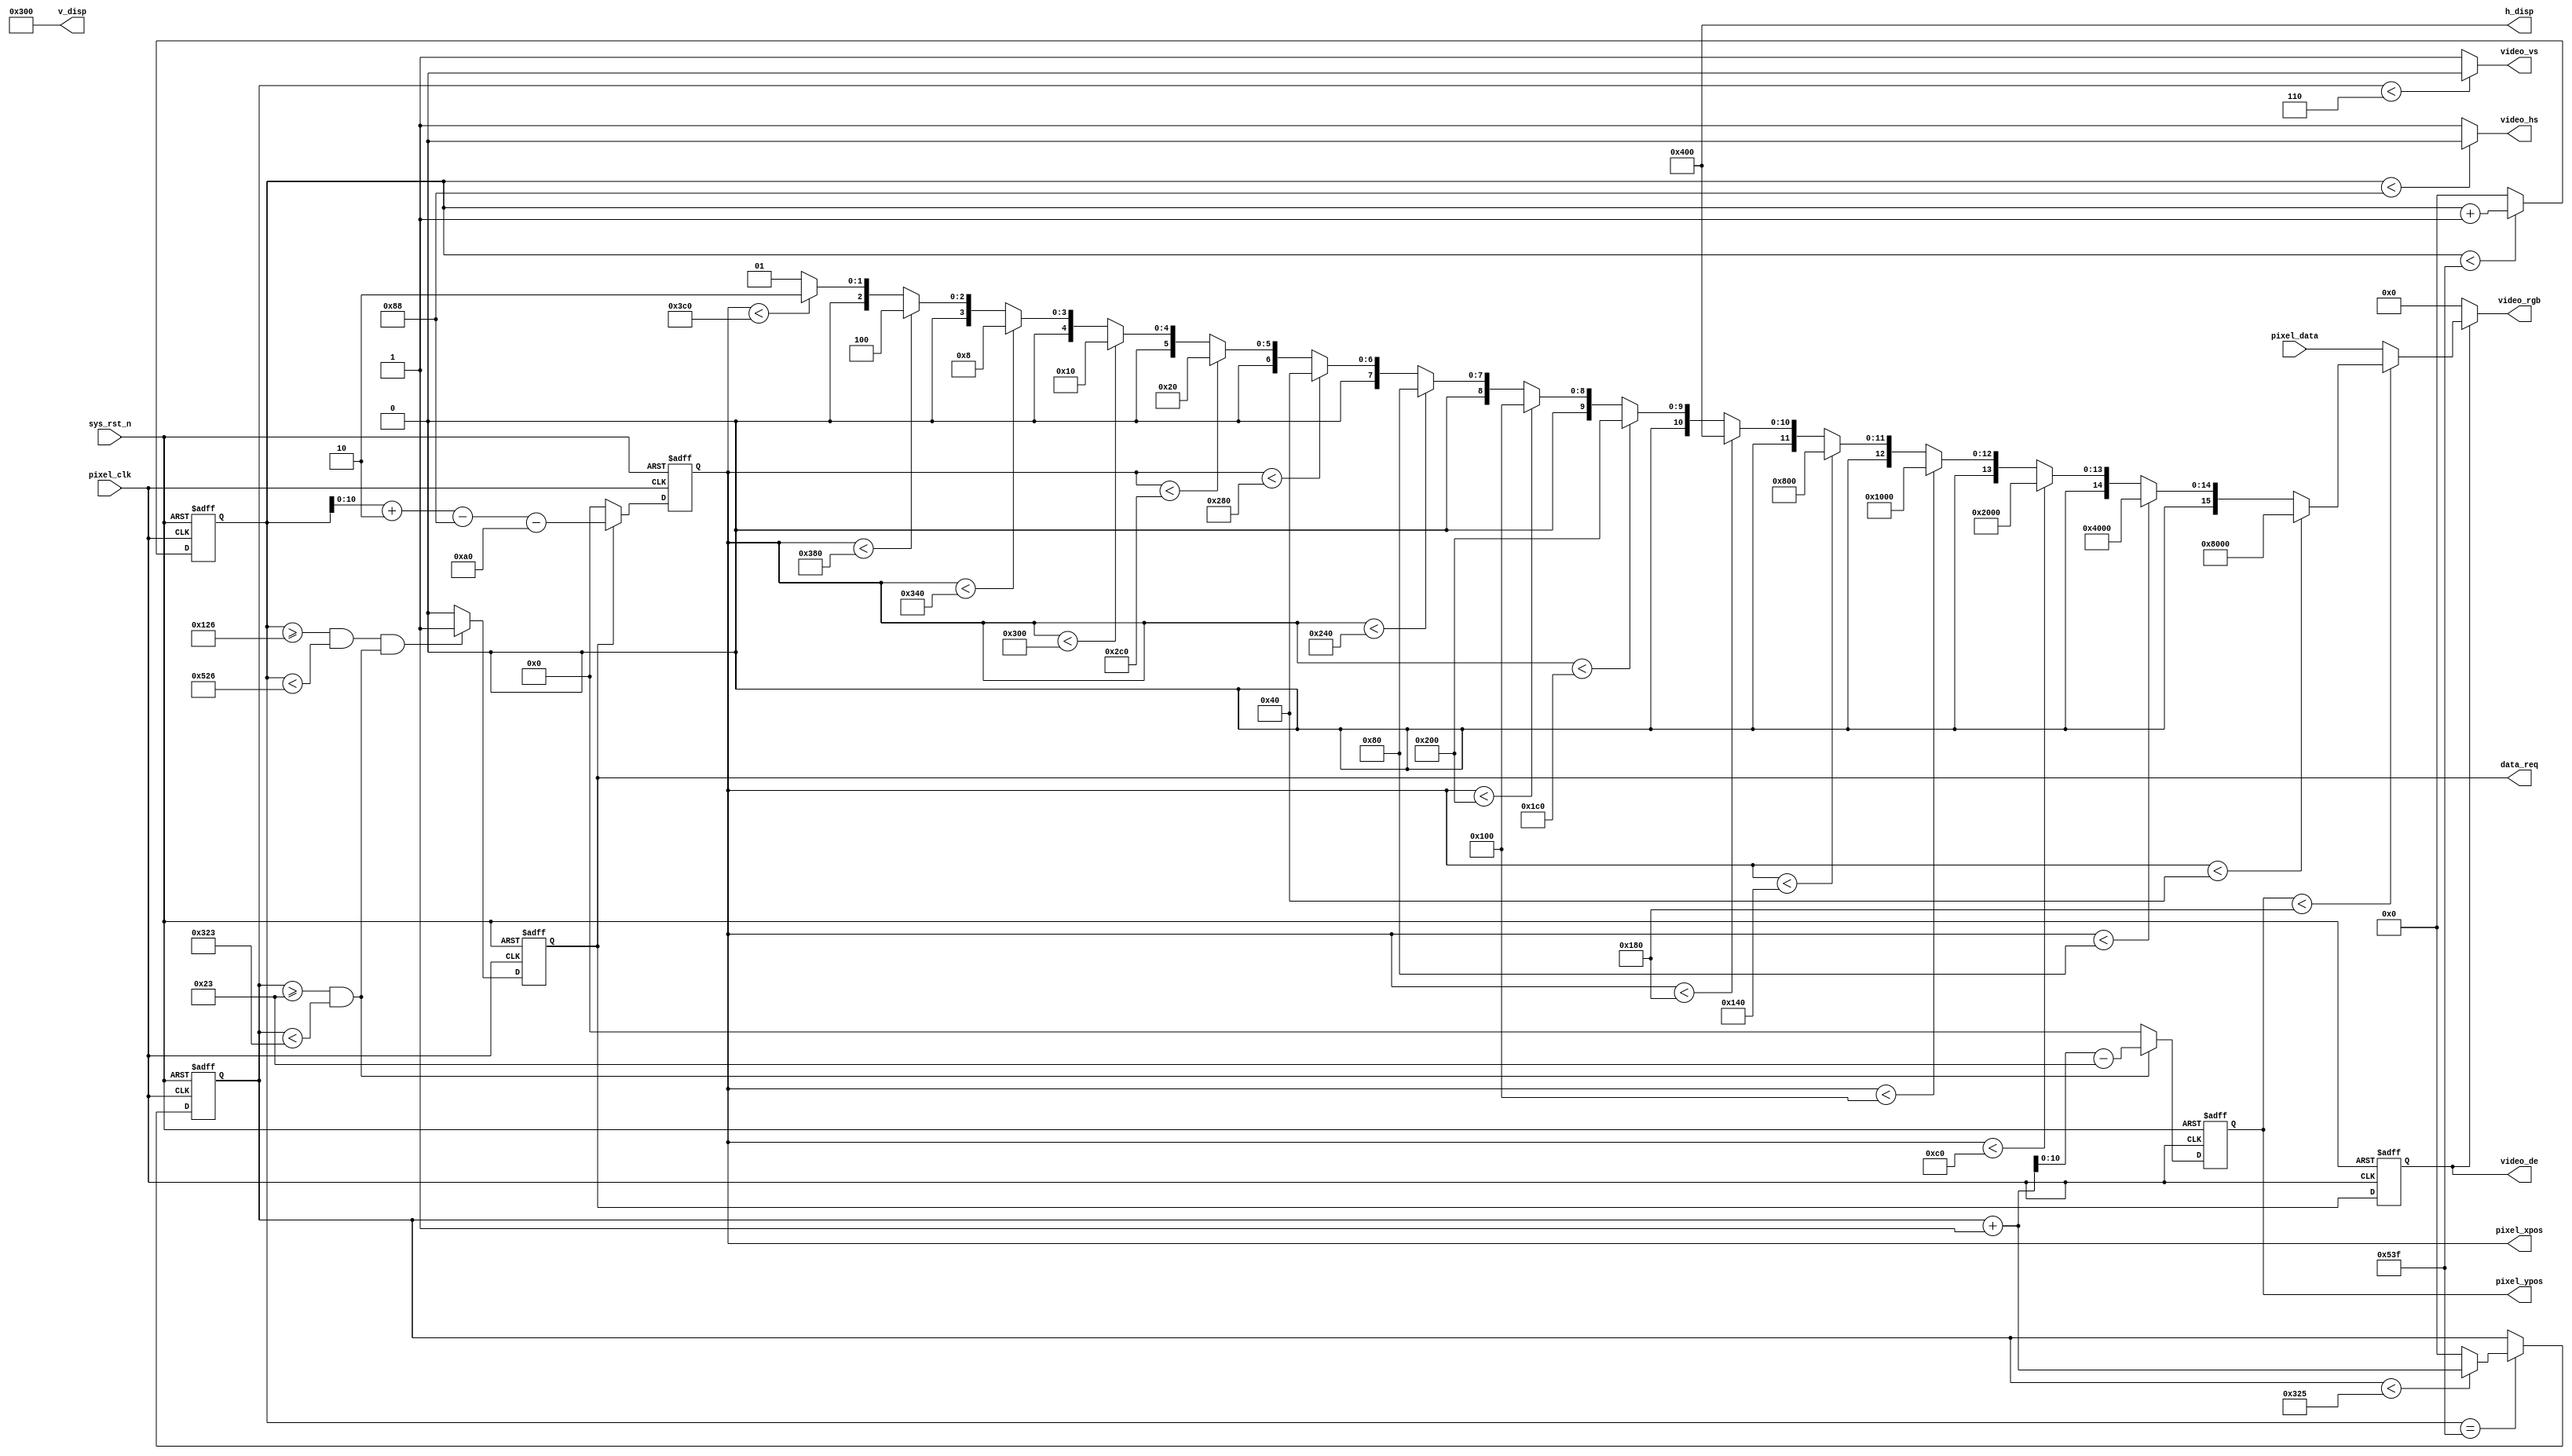
//****************************************Copyright (c)***********************************//
//www.yuanzige.com
//www.openedv.com
//http://openedv.taobao.com
//""ZYNQ & FPGA & STM32 & LINUX
//
//Copyright(C)  2018-2028
//All rights reserved
//----------------------------------------------------------------------------------------
// File name:           video_driver
// Last modified Date:  2020/05/28 20:28:08
// Last Version:        V1.0
// Descriptions:        
//                      
//----------------------------------------------------------------------------------------
// Created by:          
// Created date:        2020/05/28 20:28:08
// Version:             V1.0
// Descriptions:        The original version
//
//----------------------------------------------------------------------------------------
//****************************************************************************************//

module video_driver(
    input           	pixel_clk	,
    input           	sys_rst_n	,
		
    //RGB	
    output          	video_hs	,    //
    output          	video_vs	,    //
    output          	video_de	,    //
    output  	[15:0]  video_rgb	,    //RGB565
    output	reg			data_req 	,
	output      [10:0]  h_disp,       //
    output      [10:0]  v_disp,       // 
    input   	[15:0]  pixel_data	,   //
    output  reg	[10:0]  pixel_xpos	,   //
    output  reg	[10:0]  pixel_ypos      //
);

//parameter define
/*
//1280*720 ,60fps

parameter  H_SYNC   =  11'd40;  //
parameter  H_BACK   =  11'd220;  //
parameter  H_DISP   =  11'd1280; //
parameter  H_FRONT  =  11'd110;   //
parameter  H_TOTAL  =  11'd1650; //

parameter  V_SYNC   =  11'd5;    //
parameter  V_BACK   =  11'd20;   //
parameter  V_DISP   =  11'd720;  //
parameter  V_FRONT  =  11'd5;    //
parameter  V_TOTAL  =  11'd750;  //
*/
//1024*768 ,60fps
parameter  H_SYNC   =  11'd136;  //
parameter  H_BACK   =  11'd160;  //
parameter  H_DISP   =  11'd1024; //
parameter  H_FRONT  =  11'd24;   //
parameter  H_TOTAL  =  11'd1344; //

parameter  V_SYNC   =  11'd6;    //
parameter  V_BACK   =  11'd29;   //
parameter  V_DISP   =  11'd768;  //
parameter  V_FRONT  =  11'd3;    //
parameter  V_TOTAL  =  11'd806;  //

//reg define
reg  [11:0] cnt_h;
reg  [11:0] cnt_v;
reg       	video_en;

//*****************************************************
//**                    main code
//*****************************************************

//
assign h_disp = H_DISP;
assign v_disp = V_DISP;

assign video_de  = video_en;
assign video_hs  = ( cnt_h < H_SYNC ) ? 1'b0 : 1'b1;  //
assign video_vs  = ( cnt_v < V_SYNC ) ? 1'b0 : 1'b1;  //

//RGB
always @(posedge pixel_clk or negedge sys_rst_n) begin
	if(!sys_rst_n)
		video_en <= 1'b0;
	else
		video_en <= data_req;
end

//RGB565
assign video_rgb = video_de ? pixel_ypos < V_DISP / 2 ? 
pixel_xpos < (H_DISP / 16  *  1)? 16'B10000_000000_00000: pixel_xpos < (H_DISP / 16  *  2)? 16'B01000_000000_00000:
pixel_xpos < (H_DISP / 16  *  3)? 16'B00100_000000_00000: pixel_xpos < (H_DISP / 16  *  4)? 16'B00010_000000_00000:
pixel_xpos < (H_DISP / 16  *  5)? 16'B00001_000000_00000: pixel_xpos < (H_DISP / 16  *  6)? 16'B00000_100000_00000:

pixel_xpos < (H_DISP / 16  *  7)? 16'B00000_010000_00000: pixel_xpos < (H_DISP / 16  *  8)? 16'B00000_001000_00000:
pixel_xpos < (H_DISP / 16  *  9)? 16'B00000_000100_00000: pixel_xpos < (H_DISP / 16  * 10)? 16'B00000_000010_00000:
pixel_xpos < (H_DISP / 16  * 11)? 16'B00000_000001_00000: pixel_xpos < (H_DISP / 16  * 12)? 16'B00000_000000_10000:

pixel_xpos < (H_DISP / 16  * 13)? 16'B00000_000000_01000: pixel_xpos < (H_DISP / 16  * 14)? 16'B00000_000000_00100:
pixel_xpos < (H_DISP / 16  * 15)? 16'B00000_000000_00010:                                 16'B00000_000000_00001    
:  pixel_data : 16'd0;

//
always @(posedge pixel_clk or negedge sys_rst_n) begin
	if(!sys_rst_n)
		data_req <= 1'b0;
	else if(((cnt_h >= H_SYNC + H_BACK - 2'd2) && (cnt_h < H_SYNC + H_BACK + H_DISP - 2'd2))
                  && ((cnt_v >= V_SYNC + V_BACK) && (cnt_v < V_SYNC + V_BACK+V_DISP)))
		data_req <= 1'b1;
	else
		data_req <= 1'b0;
end

//x
always@ (posedge pixel_clk or negedge sys_rst_n) begin
    if(!sys_rst_n)
        pixel_xpos <= 11'd0;
    else if(data_req)
        pixel_xpos <= cnt_h + 2'd2 - H_SYNC - H_BACK ;
    else 
        pixel_xpos <= 11'd0;
end
    
//y	
always@ (posedge pixel_clk or negedge sys_rst_n) begin
    if(!sys_rst_n)
        pixel_ypos <= 11'd0;
    else if((cnt_v >= (V_SYNC + V_BACK)) && (cnt_v < (V_SYNC + V_BACK + V_DISP)))
        pixel_ypos <= cnt_v + 1'b1 - (V_SYNC + V_BACK) ;
    else 
        pixel_ypos <= 11'd0;
end

//
always @(posedge pixel_clk or negedge sys_rst_n) begin
    if (!sys_rst_n)
        cnt_h <= 11'd0;
    else begin
        if(cnt_h < H_TOTAL - 1'b1)
            cnt_h <= cnt_h + 1'b1;
        else 
            cnt_h <= 11'd0;
    end
end

//
always @(posedge pixel_clk or negedge sys_rst_n) begin
    if (!sys_rst_n)
        cnt_v <= 11'd0;
    else if(cnt_h == H_TOTAL - 1'b1) begin
        if(cnt_v < V_TOTAL - 1'b1)
            cnt_v <= cnt_v + 1'b1;
        else 
            cnt_v <= 11'd0;
    end
end

endmodule